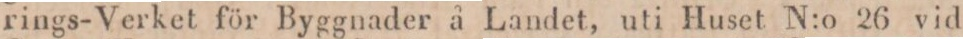
rings-Verket för Byggnader å Landet, uti Huset N:o 26 vid